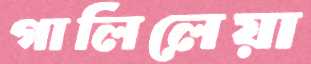
গালিলেয়া